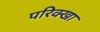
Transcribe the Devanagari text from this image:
परिक्खा